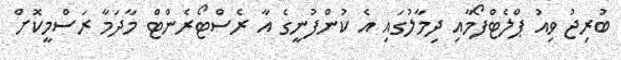
ބުރިޖު ވިއު ޕްލެޓްފޯމާއި ދިމާލުގައި އެ ކުންފުނީގެ އާ ރެސްޓޯރެންޓް މާދަމާ ރަސްމީކޮށް